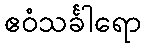
ဧဝံသင်္ခါရော